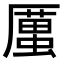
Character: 𠪿